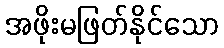
အဖိုးမဖြတ်နိုင်သော